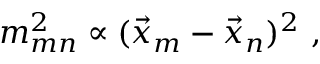
m _ { m n } ^ { 2 } \propto ( \vec { x } _ { m } - \vec { x } _ { n } ) ^ { 2 } \ ,